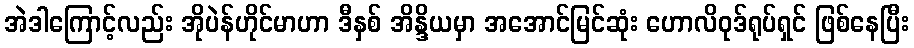
အဲဒါကြောင့်လည်း အိုပဲန်ဟိုင်မာဟာ ဒီနှစ် အိန္ဒိယမှာ အအောင်မြင်ဆုံး ဟောလိဝုဒ်ရုပ်ရှင် ဖြစ်နေပြီး